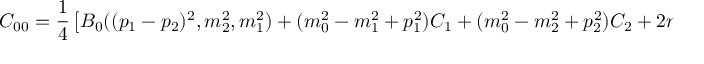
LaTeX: C _ { 0 0 } = \frac { 1 } { 4 } \left[ B _ { 0 } ( { ( p _ { 1 } - p _ { 2 } ) ^ { 2 } } , m _ { 2 } ^ { 2 } , m _ { 1 } ^ { 2 } ) + ( m _ { 0 } ^ { 2 } - m _ { 1 } ^ { 2 } + p _ { 1 } ^ { 2 } ) C _ { 1 } + ( m _ { 0 } ^ { 2 } - m _ { 2 } ^ { 2 } + p _ { 2 } ^ { 2 } ) C _ { 2 } + 2 m _ { 0 } ^ { 2 } C _ { 0 } \right] .